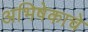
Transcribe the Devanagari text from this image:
अभिषेकाचे